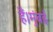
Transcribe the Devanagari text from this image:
हैं।मुंबई